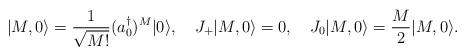
LaTeX: \begin{align*}|M,0\rangle={1\over\sqrt{M!}}(a_0^\dagger)^M|0\rangle,\quad J_+|M,0\rangle=0,\quad J_0|M,0\rangle={M\over2}|M,0\rangle. \end{align*}